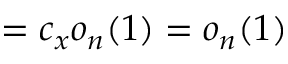
= c _ { x } o _ { n } ( 1 ) = o _ { n } ( 1 )